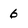
Character: 6